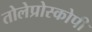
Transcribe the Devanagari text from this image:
तोलेप्रोस्कोपी